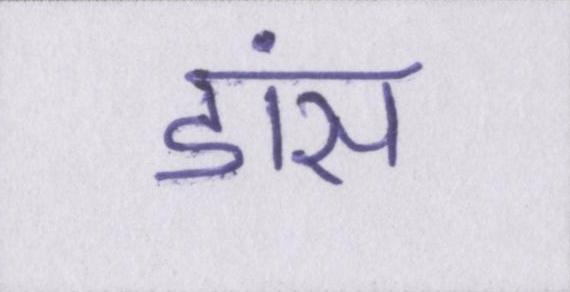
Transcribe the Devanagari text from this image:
डांस